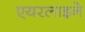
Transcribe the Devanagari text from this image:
एयरलाइने